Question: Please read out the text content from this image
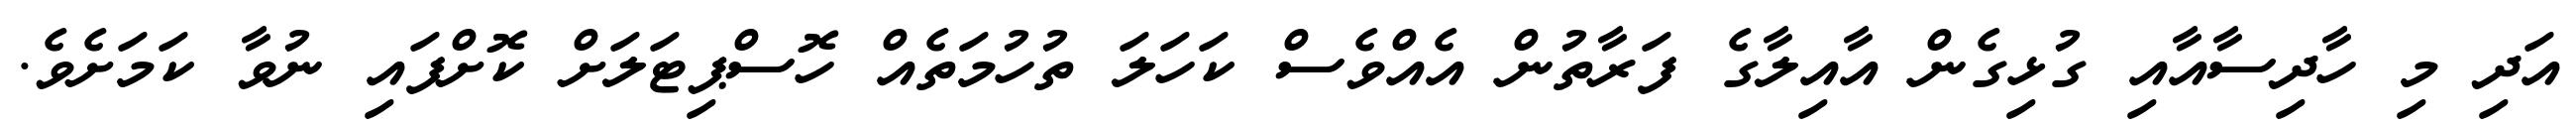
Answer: އަދި މި ހާދިސާއާއި ގުޅިގެން އާއިލާގެ ފަރާތުން އެއްވެސް ކަހަލަ ތުހުމަތެއް ހޮސްޕިޓަލަށް ކޮށްފައި ނުވާ ކަމަށެވެ.